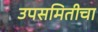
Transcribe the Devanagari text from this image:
उपसमितीचा